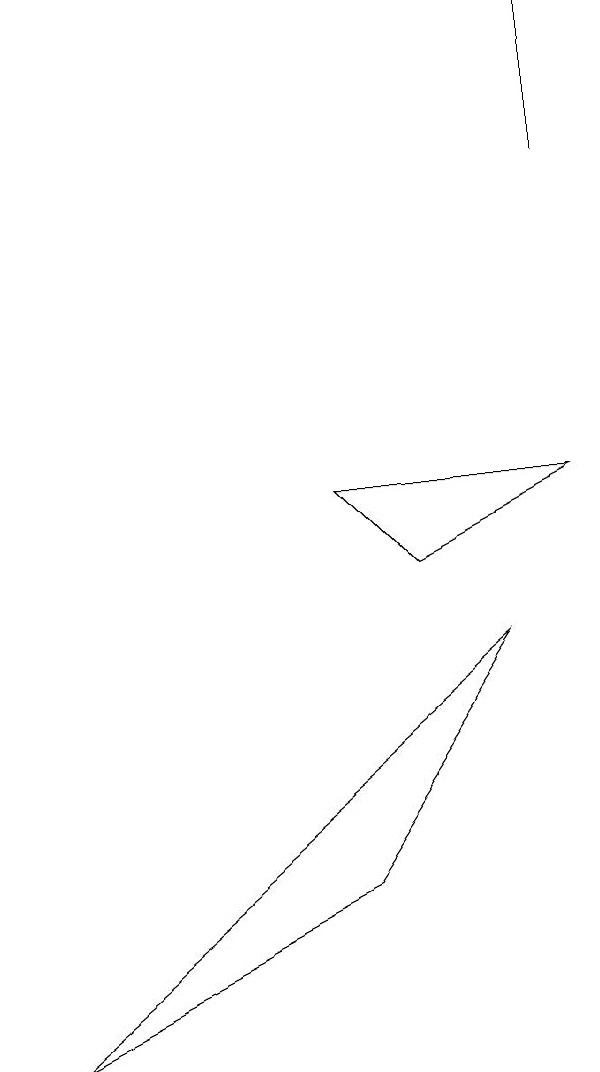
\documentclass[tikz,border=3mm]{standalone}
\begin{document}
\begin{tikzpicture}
\draw (7,6) -- (6,7) -- (9,7) -- cycle;
\draw (9,13) rectangle (9,11);
\draw (8,5) -- (2,0) -- (6,2) -- cycle;
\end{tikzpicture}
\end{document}